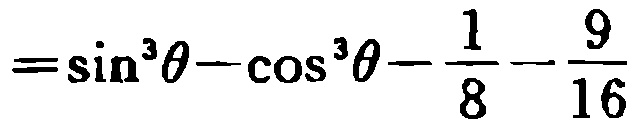
$=\sin ^{3}\theta -\cos ^{3}\theta -\frac {1}{8}-\frac {9}{16}$